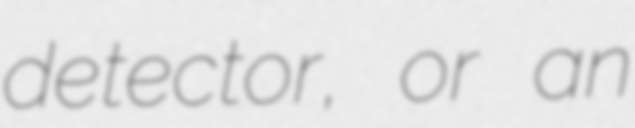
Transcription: detector, or an